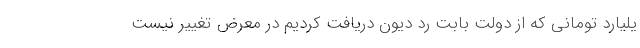
یلیارد تومانی که از دولت بابت رد دیون دریافت کردیم در معرض تغییر نیست